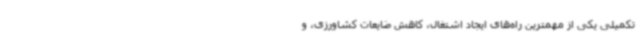
تکمیلی یکی از مهمترین راه‌های ایجاد اشتغال، کاهش ضایعات کشاورزی، و